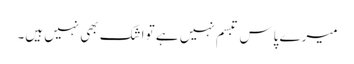
میرے پاس تبسم نہیں ہے تو اشک بھی نہیں ہیں۔